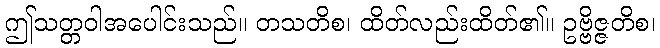
ဤသတ္တဝါအပေါင်းသည်။ တသတိစ၊ ထိတ်လည်းထိတ်၏။ ဥဗ္ဗိဇ္ဇတိစ၊